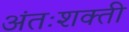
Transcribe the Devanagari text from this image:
अंतःशक्ती